Development of the parasite of Indian kala azar - Number 53
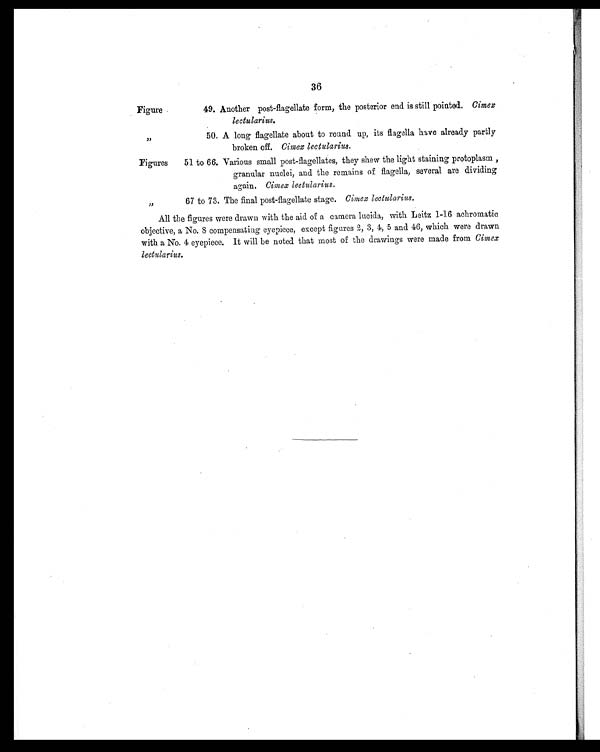
36
Figure
49. Another post-flagellate form, the posterior end is still pointed. Cimex
lectularius.
„
50. A long flagellate about to round up, its flagella have already partly
broken off. Cimex lectularius.
Figures 51 to 66. Various small post-flagellates, they shew the light staining protoplasm ,
granular nuclei, and the remains of flagella, several are dividing
again. Cimex lectularius.
„
67 to 73. The final post-flagellate stage. Cimex lectularius.
All the figures were drawn with the aid of a camera lucida, with Leitz 1-16 achromatic
objective, a No. 8 compensating eyepiece, except figures 2, 3, 4, 5 and 46, which were drawn
with a No. 4 eyepiece. It will be noted that most of the drawings were made from Cimex
lectularius.